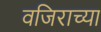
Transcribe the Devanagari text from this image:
वजिराच्या